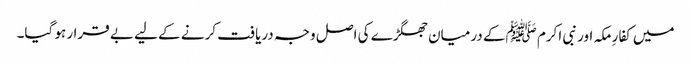
میں کفارِ مکہ اور نبی اکرم ﷺکے درمیان جھگڑے کی اصل وجہ دریافت کرنے کے لیے بے قرار ہو گیا۔